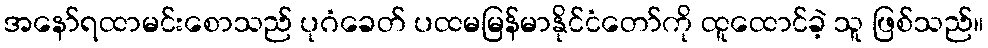
အနော်ရထာမင်းစောသည် ပုဂံခေတ် ပထမမြန်မာနိုင်ငံတော်ကို ထူထောင်ခဲ့ သူ ဖြစ်သည်။